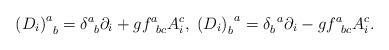
LaTeX: \begin{align*}\left( D_{i}\right) _{\;\;b}^{a}=\delta _{\;\;b}^{a}\partial_{i}+gf_{\;\;bc}^{a}A_{i}^{c},\;\left( D_{i}\right) _{b}^{\;\;a}=\delta_{b}^{\;\;a}\partial _{i}-gf_{\;\;bc}^{a}A_{i}^{c}. \end{align*}